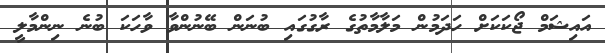
އައިޝަމް ޖޯކަކަށް ހަދަމުން މަލާމާތުގެ ރާގުގައި ބުނަން ބޭނުންވާ ވާހަކަ ބުނެ ނިންމާލީ